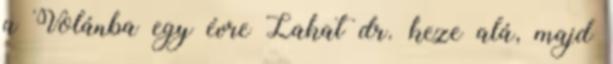
a Volánba egy évre Lakat dr. keze alá, majd